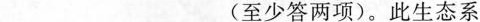
___(至少答两项)。此生态系